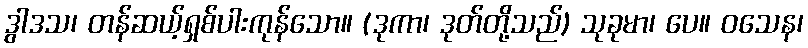
ဒွါဒသ၊ တန်ဆယ့်ရှစ်ပါးကုန်သော။ (ဒုကာ၊ ဒုတ်တို့သည်) သုခုမာ၊ ပေ။ ဝသေန၊